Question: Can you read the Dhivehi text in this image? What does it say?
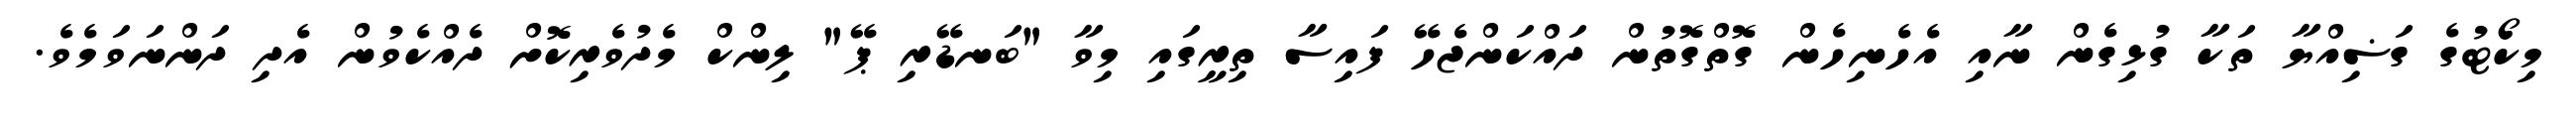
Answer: މިކޯޓުގެ ގަޟިއްޔާ ތަކާ ގުޅިގެން ނާއި އެހެނިހެން ގޮތްގޮތުން ދައްކަންޖެހޭ ފައިސާ ތިރީގައި މިވާ "ބަނޑޭރި ޕޭ" ލިންކް މެދުވެރިކޮށް ދެއްކެވުން އެދި ދަންނަވަމެވެ.